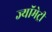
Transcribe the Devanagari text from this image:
ज्यॉमेट्री